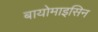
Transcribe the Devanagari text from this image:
बायोमाइसिन